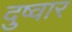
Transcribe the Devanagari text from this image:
दुष्वार